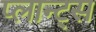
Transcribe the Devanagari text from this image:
प्लान्ट्स